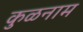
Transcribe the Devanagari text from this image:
कुळनाम